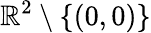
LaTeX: \mathbb{R}^{2}\setminus\{ (0,0)\}